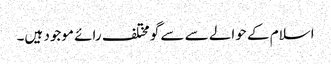
اسلام کے حوالے سے سے گو مختلف رائے موجود ہیں۔